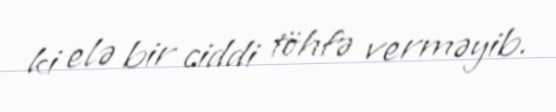
ki elə bir ciddi töhfə verməyib.